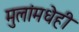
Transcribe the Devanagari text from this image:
मुलांमधेही